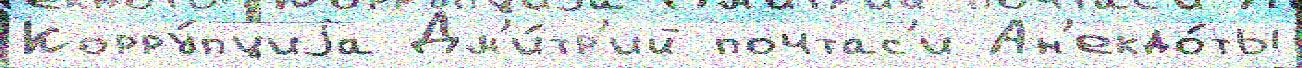
Корру́пциjа Дм'и́тр'ий почтас'и Ан'екдо́ты